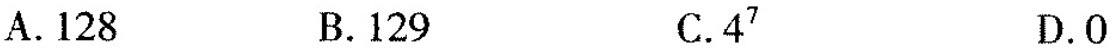
A.128 B.129 C.4^{7} D.0